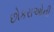
છોકરાઓની